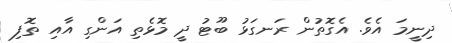
ދިނީމަ އެވެ. އެގޮތުން ރަނގަޅު ބޫޓު ދީ މޮޅެތި އަންގި އާއި ތޮފި